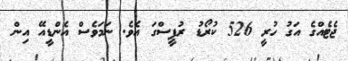
ޖެޓެއްގެ އަގު ހުރީ 526 ކުރޯޑު ރުޕީސްގަ އެވެ. ނަމަވެސް އެންޑީއޭ އިން